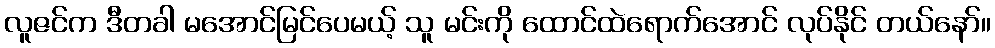
လူဇင်က ဒီတခါ မအောင်မြင်ပေမယ့် သူ မင်းကို ထောင်ထဲရောက်အောင် လုပ်နိုင် တယ်နော်။